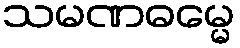
သမဏဓမ္မေ